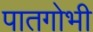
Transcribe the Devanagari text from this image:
पातगोभी